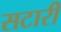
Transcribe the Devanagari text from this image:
सटारी